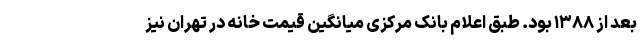
بعد از ۱۳۸۸ بود. طبق اعلام بانک مرکزی میانگین قیمت خانه در تهران نیز